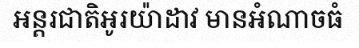
អន្តរជាតិអូរយ៉ាដាវ មានអំណាចធំ